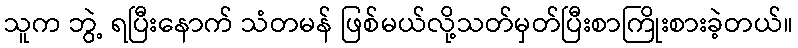
သူက ဘွဲ့ ရပြီးနောက် သံတမန် ဖြစ်မယ်လို့သတ်မှတ်ပြီးစာကြိုးစားခဲ့တယ်။